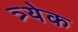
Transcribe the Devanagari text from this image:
त्र्येक